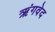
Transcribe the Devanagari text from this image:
ऋंगवेद